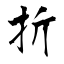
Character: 折